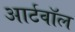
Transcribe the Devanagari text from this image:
आर्टवॉल